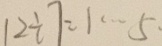
1 2 \div 7 = 1 \cdots 5